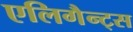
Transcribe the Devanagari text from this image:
एलिगैन्ट्स